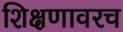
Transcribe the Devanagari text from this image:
शिक्षणावरच